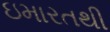
ઇમારતથી